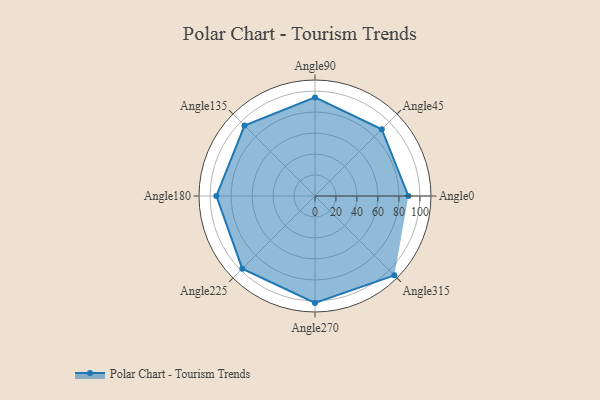
{"axis": {"x": "Angle", "y": "Radius"}, "legend": [""], "data": [{"x": "Angle0", "y": 89.0, "type": ""}, {"x": "Angle45", "y": 90.0, "type": ""}, {"x": "Angle90", "y": 94.0, "type": ""}, {"x": "Angle135", "y": 95.0, "type": ""}, {"x": "Angle180", "y": 94.0, "type": ""}, {"x": "Angle225", "y": 98.0, "type": ""}, {"x": "Angle270", "y": 102.0, "type": ""}, {"x": "Angle315", "y": 107.0, "type": ""}]}